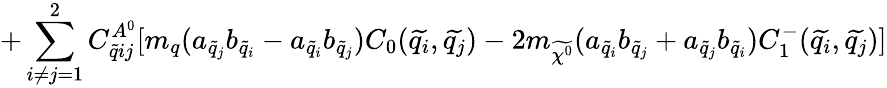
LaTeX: +\sum_{i\neq j=1}^{2}C_{\widetilde{q}ij}^{A^{0}}[m_{q}(a_{\widetilde{q}_{j}}b_{\widetilde{q}_{i}}-a_{\widetilde{q}_{i}}b_{\widetilde{q}_{j}})C_{0}(\widetilde{q_{i}},\widetilde{q_{j}})-2m_{\widetilde{\chi^{0}}}(a_{\widetilde{q}_{i}}b_{\widetilde{q}_{j}}+a_{\widetilde{q}_{j}}b_{\widetilde{q}_{i}})C_{1}^{-}(\widetilde{q_{i}},\widetilde{q_{j}})]